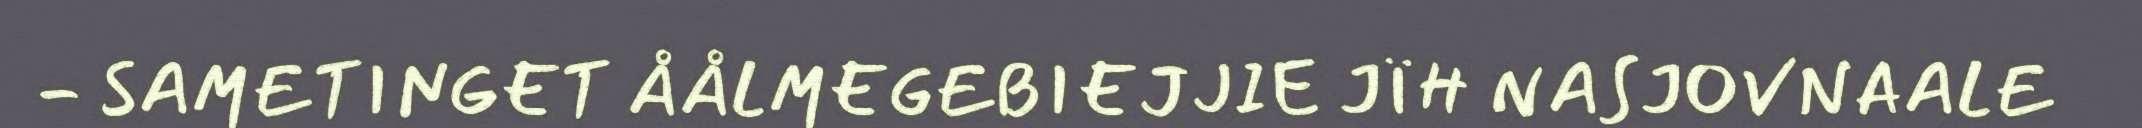
- SAMETINGET ÅÅLMEGEBIEJJIE JÏH NASJOVNAALE